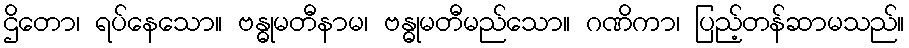
ဌိတော၊ ရပ်နေသော။ ဗန္ဓုမတီနာမ၊ ဗန္ဓုမတီမည်သော။ ဂဏိကာ၊ ပြည့်တန်ဆာမသည်။